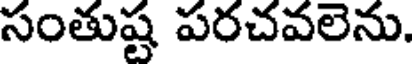
సంతుష్ట పరచవలెను.